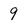
Character: 9